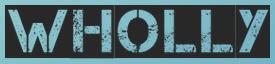
WHOLLY